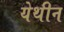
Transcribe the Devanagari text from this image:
येथीन